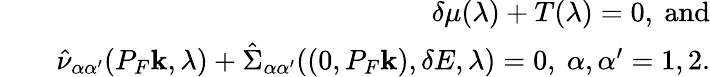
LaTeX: \begin{array}{rlr}&{}&{\delta\mu(\lambda)+T(\lambda)=0,\ \mathrm{and}}\\ &{}&{\hat{\nu}_{\alpha\alpha^{\prime}}(P_{F}{\mathbf k},\lambda)+\hat{\Sigma}_{\alpha\alpha^{\prime}}((0,P_{F}{\mathbf k}),\delta E,\lambda)=0,\ \alpha,\alpha^{\prime}=1,2.}\end{array}